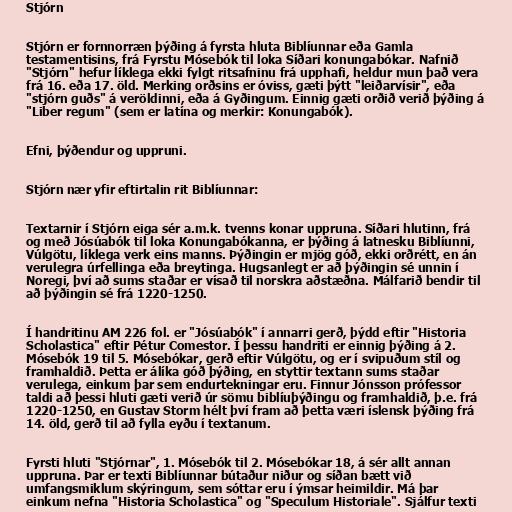
Stjórn

Stjórn er fornnorræn þýðing á fyrsta hluta Biblíunnar eða Gamla
testamentisins, frá Fyrstu Mósebók til loka Síðari konungabókar. Nafnið
"Stjórn" hefur líklega ekki fylgt ritsafninu frá upphafi, heldur mun það vera
frá 16. eða 17. öld. Merking orðsins er óviss, gæti þýtt "leiðarvísir", eða
"stjórn guðs" á veröldinni, eða á Gyðingum. Einnig gæti orðið verið þýðing á
"Liber regum" (sem er latína og merkir: Konungabók).

Efni, þýðendur og uppruni.

Stjórn nær yfir eftirtalin rit Biblíunnar:

Textarnir í Stjórn eiga sér a.m.k. tvenns konar uppruna. Síðari hlutinn, frá
og með Jósúabók til loka Konungabókanna, er þýðing á latnesku Biblíunni,
Vúlgötu, líklega verk eins manns. Þýðingin er mjög góð, ekki orðrétt, en án
verulegra úrfellinga eða breytinga. Hugsanlegt er að þýðingin sé unnin í
Noregi, því að sums staðar er vísað til norskra aðstæðna. Málfarið bendir til
að þýðingin sé frá 1220-1250.

Í handritinu AM 226 fol. er "Jósúabók" í annarri gerð, þýdd eftir "Historia
Scholastica" eftir Pétur Comestor. Í þessu handriti er einnig þýðing á 2.
Mósebók 19 til 5. Mósebókar, gerð eftir Vúlgötu, og er í svipuðum stíl og
framhaldið. Þetta er álíka góð þýðing, en styttir textann sums staðar
verulega, einkum þar sem endurtekningar eru. Finnur Jónsson prófessor
taldi að þessi hluti gæti verið úr sömu biblíuþýðingu og framhaldið, þ.e. frá
1220-1250, en Gustav Storm hélt því fram að þetta væri íslensk þýðing frá
14. öld, gerð til að fylla eyðu í textanum.

Fyrsti hluti "Stjórnar", 1. Mósebók til 2. Mósebókar 18, á sér allt annan
uppruna. Þar er texti Biblíunnar bútaður niður og síðan bætt við
umfangsmiklum skýringum, sem sóttar eru í ýmsar heimildir. Má þar
einkum nefna "Historia Scholastica" og "Speculum Historiale". Sjálfur texti